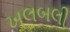
ખલબલી